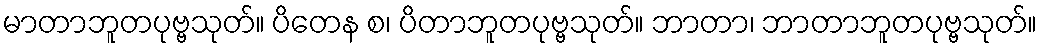
မာတာဘူတပုဗ္ဗသုတ်။ ပိတေန စ၊ ပိတာဘူတပုဗ္ဗသုတ်။ ဘာတာ၊ ဘာတာဘူတပုဗ္ဗသုတ်။